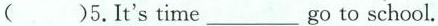
( )5.It's time ___ go to school.